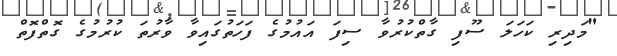
"މަދިރި ކަހަލަ ސޫފި ގާތްކުރުވާ ސިފަ އައުމުގެ ފަހަތުގައިވާ ވާރުތަ ކުރުމުގެ ގޮތްފޮތް